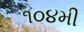
૧૦૪મી